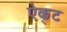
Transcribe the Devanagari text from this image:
ऐक्‌ट